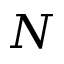
\boldsymbol { N }